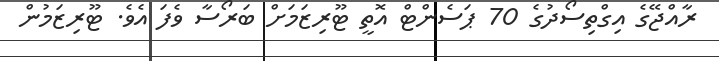
ރާއްޖޭގެ އިގްތިސޯދުގެ 70 ޕަސެންޓް އޮތީ ޓޫރިޒަމަށް ބަރޯސާ ވެފަ އެވެ. ޓޫރިޒަމުން